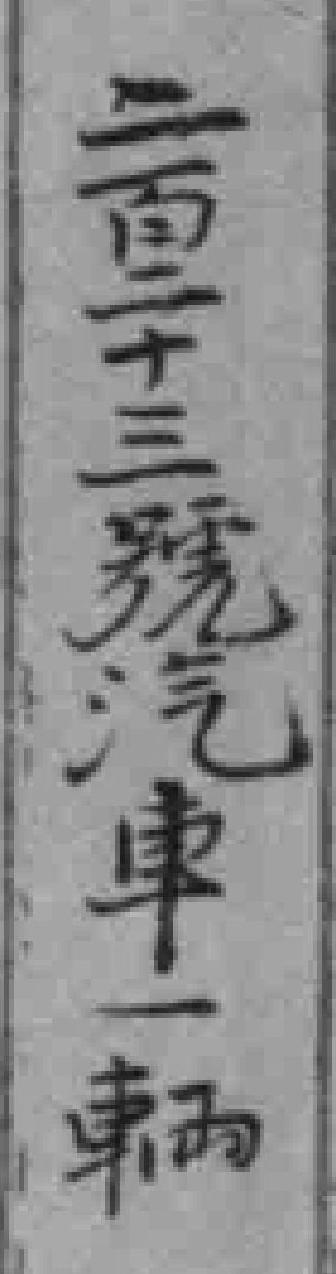
二百十三號汽車一輛